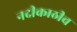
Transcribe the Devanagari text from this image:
नदीकाठीच